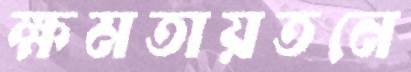
ক্ষমতায়তনে